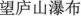
望庐山瀑布